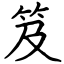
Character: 笈